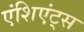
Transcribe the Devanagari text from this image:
एंशिएंट्स